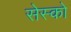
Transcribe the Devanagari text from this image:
सेस्को